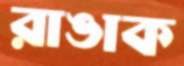
রাঙাক